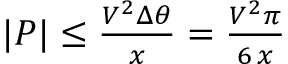
\begin{array} { r } { | P | \le \frac { V ^ { 2 } \Delta \theta } { x } = \frac { V ^ { 2 } \pi } { 6 \, x } } \end{array}